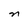
Character: n